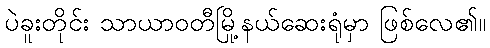
ပဲခူးတိုင်း သာယာဝတီမြို့နယ်ဆေးရုံမှာ ဖြစ်လေ၏။